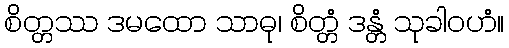
စိတ္တဿ ဒမထော သာဓု၊ စိတ္တံ ဒန္တံ သုခါဝဟံ။